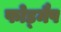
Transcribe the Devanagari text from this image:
फोड्मैप